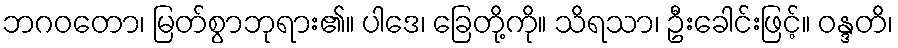
ဘဂဝတော၊ မြတ်စွာဘုရား၏။ ပါဒေ၊ ခြေတို့ကို။ သိရသာ၊ ဦးခေါင်းဖြင့်။ ဝန္ဒတိ၊